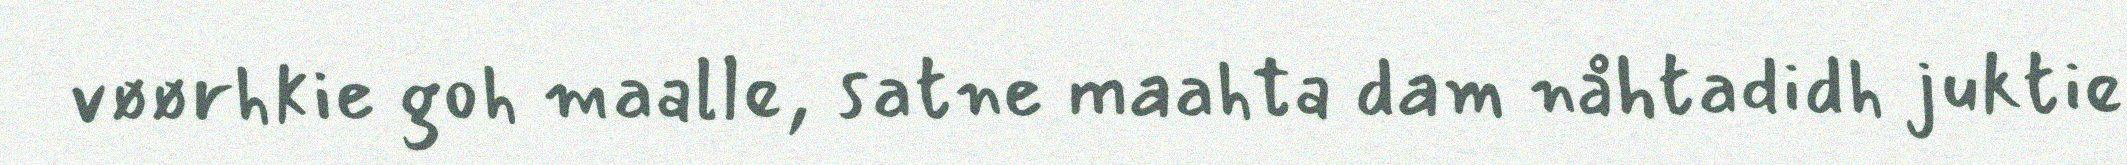
vøørhkie goh maalle, satne maahta dam nåhtadidh juktie